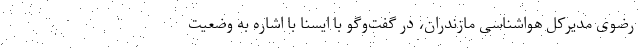
رضوی مدیرکل هواشناسی مازندران، در گفت‌وگو با ایسنا با اشاره به وضعیت